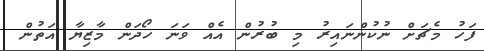
ފަހު މެޗަށް ނުކުންނައިރު މި ބުރުން އެއް ވަނަ ހޯދަން މާޒިޔާ އަތުން